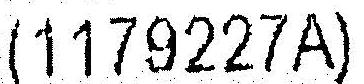
(1179227A)